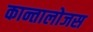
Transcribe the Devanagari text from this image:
कान्तालोजस